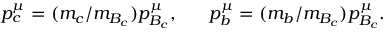
p _ { c } ^ { \mu } = ( m _ { c } / m _ { B _ { c } } ) p _ { B _ { c } } ^ { \mu } , ~ ~ ~ ~ ~ p _ { b } ^ { \mu } = ( m _ { b } / m _ { B _ { c } } ) p _ { B _ { c } } ^ { \mu } .